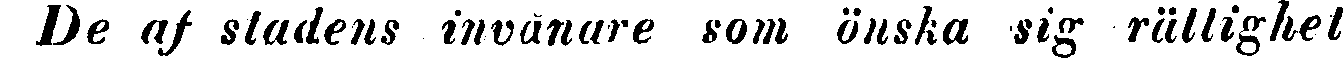
De af stadens invånare som önska sig rättighet